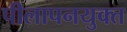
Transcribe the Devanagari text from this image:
पीलापनयुक्त